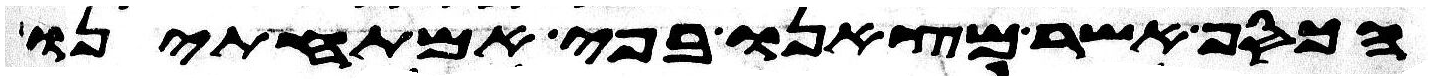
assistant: הכסף אשר מצאנו בפי אמתחתינו